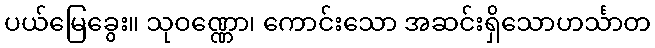
ပယ်မြေခွေး။ သုဝဏ္ဏော၊ ကောင်းသော အဆင်းရှိသောဟင်္သာတ